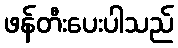
ဖန်တီးပေးပါသည်